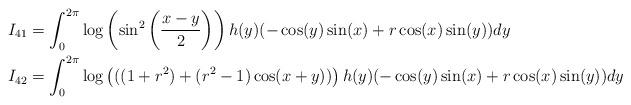
LaTeX: \begin{align*}I_{41} & = \int_{0}^{2\pi}\log\left(\sin^{2}\left(\frac{x-y}{2}\right)\right)h(y)(-\cos(y)\sin(x)+r\cos(x)\sin(y))dy \\I_{42} & = \int_{0}^{2\pi}\log\left(((1+r^2)+(r^2-1)\cos(x+y))\right)h(y)(-\cos(y)\sin(x)+r\cos(x)\sin(y))dy \\\end{align*}